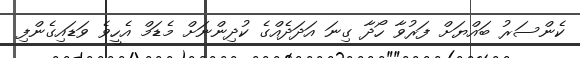
ކެންސަރު ބައްޔަށް ފަރުވާ ހޯދާ ގިނަ އަދަދެއްގެ ކުދިންނަށް މެޑަމް އެހީވެ ވަޑައިގެންފި